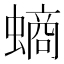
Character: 螪